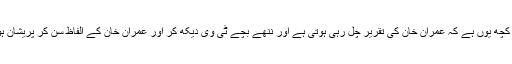
اشتہار کی ترتیب کچھ یوں ہے کہ عمران خان کی تقریر چل رہی ہوتی ہے اور ننھے بچے ٹی وی دیکھ کر اور عمران خان کے الفاظ سن کر پریشان ہورہے ہوتے ہیں ۔